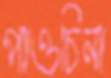
পাওচিনা